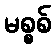
မစ္စစ်